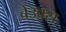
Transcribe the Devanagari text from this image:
बेउक्स